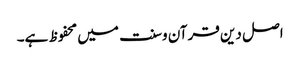
اصل دین قرآن وسنت میں محفوظ ہے۔